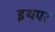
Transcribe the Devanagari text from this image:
इथपर